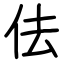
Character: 佉